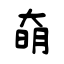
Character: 奛